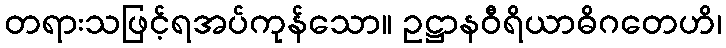
တရားသဖြင့်ရအပ်ကုန်သော။ ဥဋ္ဌာနဝီရိယာဓိဂတေဟိ၊